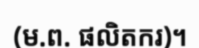
(ម.ព. ផលិតករ)។